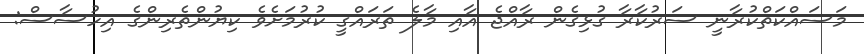
މަސައްކަތްކުރާނީ ސަރުކާރާ ގުޅިގެން ރާއްޖެ އާއި މާލެ ތަރައްގީ ކުރުމަށެވެ ކިޔުންތެރިންގެ އިހުސާސް: